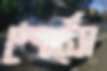
স্পোর্ট্স